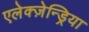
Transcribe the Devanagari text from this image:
एलेक्ज़ेन्ड्रिया